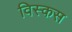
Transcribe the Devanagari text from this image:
विस्कस